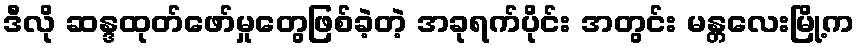
ဒီလို ဆန္ဒထုတ်ဖော်မှုတွေဖြစ်ခဲ့တဲ့ အခုရက်ပိုင်း အတွင်း မန္တလေးမြို့က